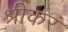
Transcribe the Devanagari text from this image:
श्रीकरं